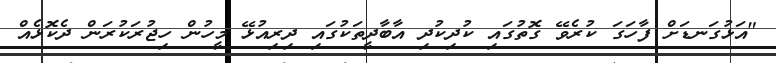
"އަޅުގަނޑަށް ފާހަގަ ކުރެވޭ ގޮތުގައި ކުދިކުދި އާބާދީތަކުގައި ދިރިއުޅޭ މީހުން ހިޖުރަކުރަން ދެކޮޅެއް